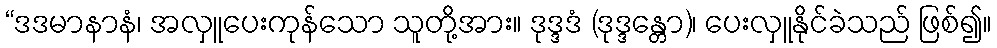
“ဒဒမာနာနံ၊ အလှူပေးကုန်သော သူတို့အား။ ဒုဒ္ဒဒံ (ဒုဒ္ဒန္တော)၊ ပေးလှူနိုင်ခဲသည် ဖြစ်၍။